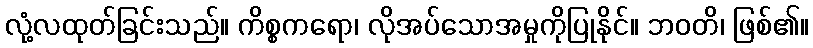
လုံ့လထုတ်ခြင်းသည်။ ကိစ္စကရော၊ လိုအပ်သောအမှုကိုပြုနိုင်။ ဘဝတိ၊ ဖြစ်၏။